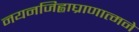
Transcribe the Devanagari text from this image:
नयनजिह्वाघ्राणात्मने